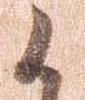
候